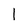
Character: 1